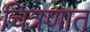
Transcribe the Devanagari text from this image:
चित्रणात